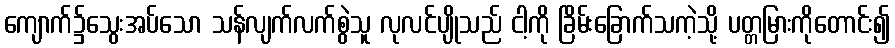
ကျောက်၌သွေးအပ်သော သန်လျက်လက်စွဲသူ လုလင်ပျိုသည် ငါ့ကို ခြိမ်းခြောက်သကဲ့သို့ ပတ္တမြားကိုတောင်း၍